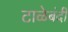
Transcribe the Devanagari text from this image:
टाळेबंदी